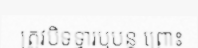
ត្រូវបិទទ្វារឬបន្ត ព្រោះ